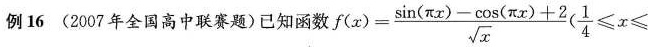
例16(2007年全国高中联赛题)已知函数 $$f(x) = \frac{ \sin ( \pi x)- \cos ( \pi x)+2}{ \sqrt{x}} ( \frac{1}{4} ≤ x ≤